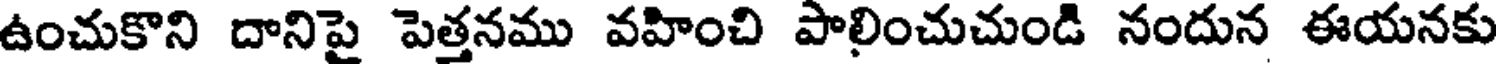
ఉంచుకొని దానిపై పెత్తనము వహించి పాలించుచుండి నందున ఈయనకు